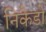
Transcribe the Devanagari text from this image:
निकैडो